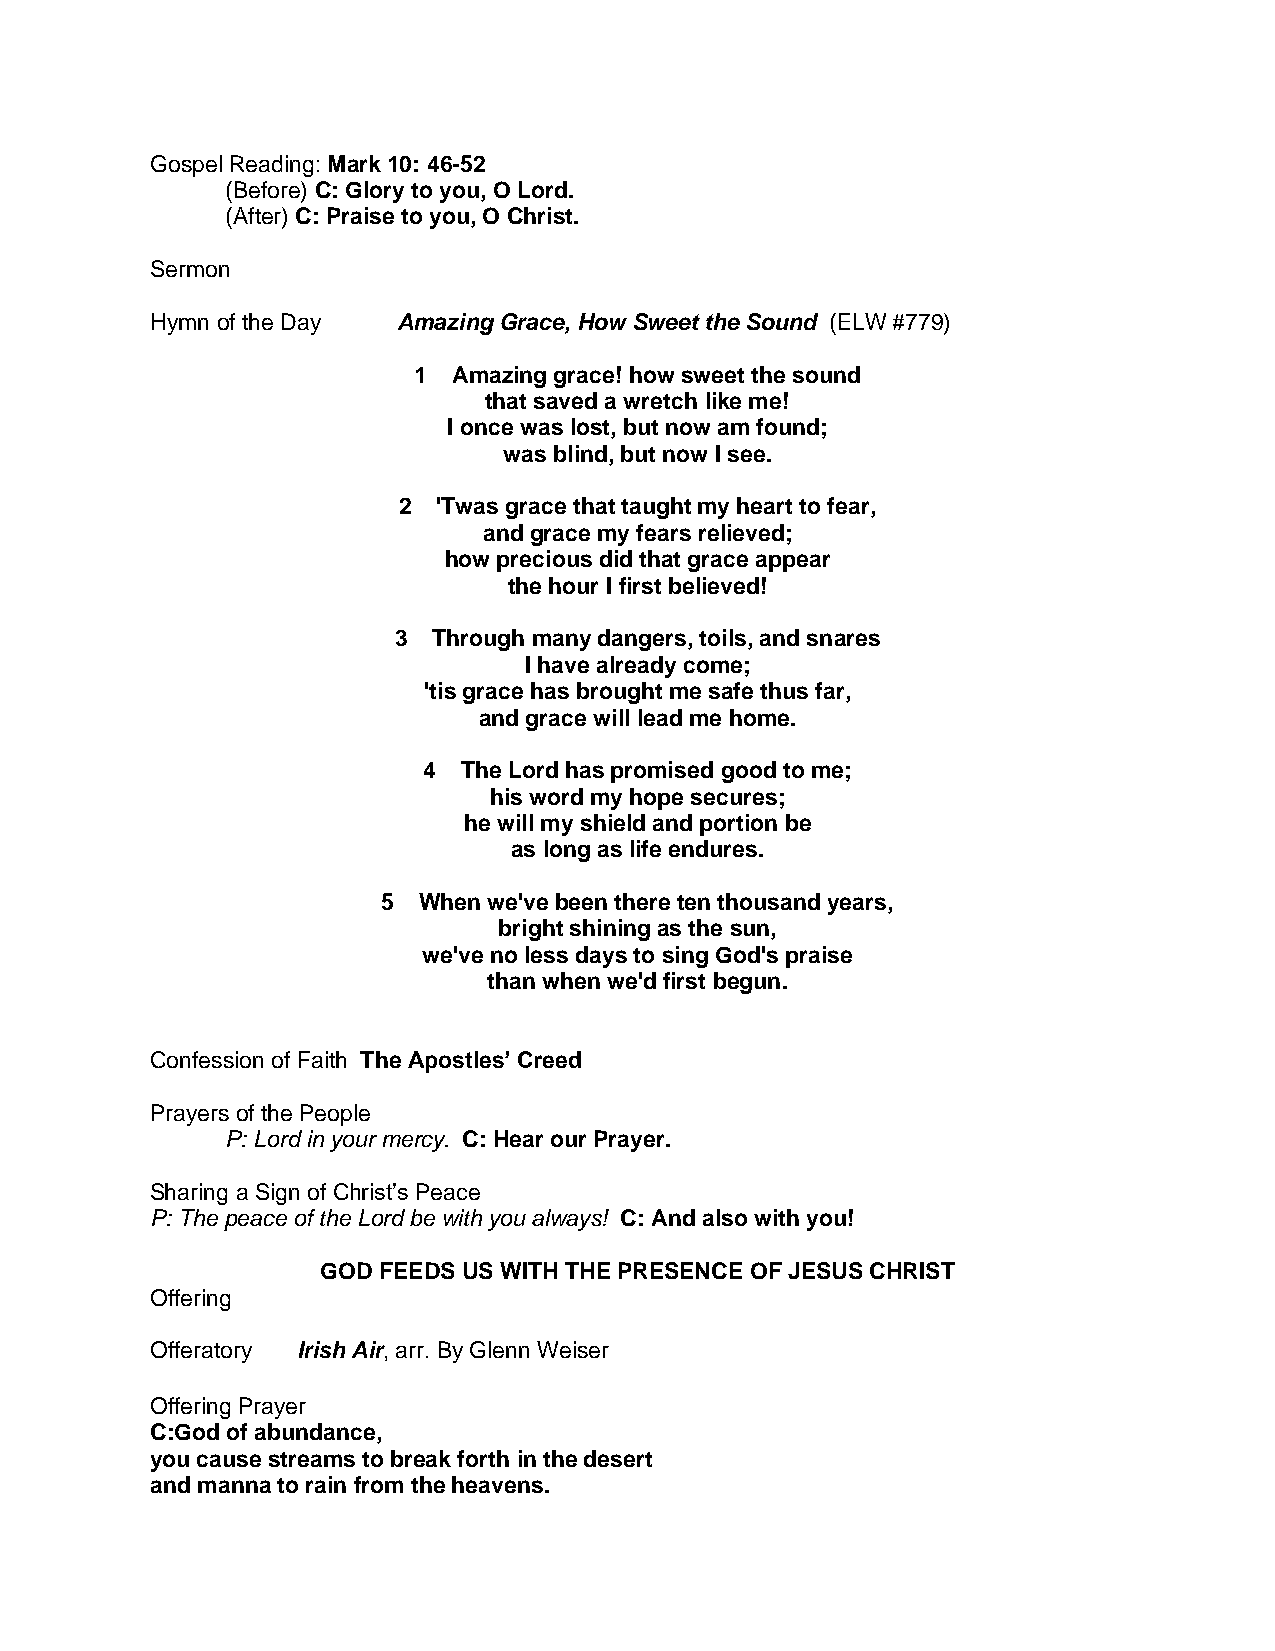
Gospel Reading: Mark 10: 46-52
 (Before) C: Glory to you, O Lord.
 (After) C: Praise to you, O Christ.
 Sermon
 Hymn of the Day Amazing Grace, How Sweet the Sound (ELW #779)
 1  Amazing grace! how sweet the sound
 that saved a wretch like me!
 I once was lost, but now am found;
 was blind, but now I see.
 2  'Twas grace that taught my heart to fear,
 and grace my fears relieved;
 how precious did that grace appear
 the hour I first believed!
 3  Through many dangers, toils, and snares
 I have already come;
 'tis grace has brought me safe thus far,
 and grace will lead me home.
 4  The Lord has promised good to me;
 his word my hope secures;
 he will my shield and portion be
 as long as life endures.
 5  When we've been there ten thousand years,
 bright shining as the sun,
 we've no less days to sing God's praise
 than when we'd first begun.
 Confession of Faith The Apostles’ Creed
 Prayers of the People
 P: Lord in your mercy. C: Hear our Prayer.
 Sharing a Sign of Christ’s Peace
 P: The peace of the Lord be with you always! C: And also with you!
 GOD FEEDS US WITH THE PRESENCE OF JESUS CHRIST
 Offering
 Offeratory Irish Air, arr. By Glenn Weiser
 Offering Prayer
 C:God of abundance,
 you cause streams to break forth in the desert
 and manna to rain from the heavens.